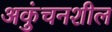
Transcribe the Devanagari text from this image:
अकुंचनशील